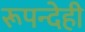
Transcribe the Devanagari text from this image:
रूपन्देही